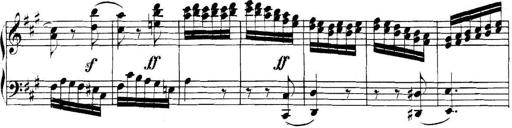
Title: Collected Piano Sonatas
Composer: Muzio Clementi